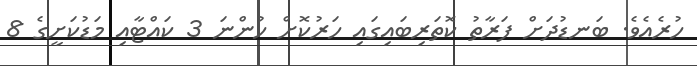
ހުރެއެވެ. ބަނޑުދަށް ފަރާތު ކޮތަރިބައިގައި ހަރުކޮށް ހުންނަ 3 ކައްޓާއި މަޑުކަށީގެ 8